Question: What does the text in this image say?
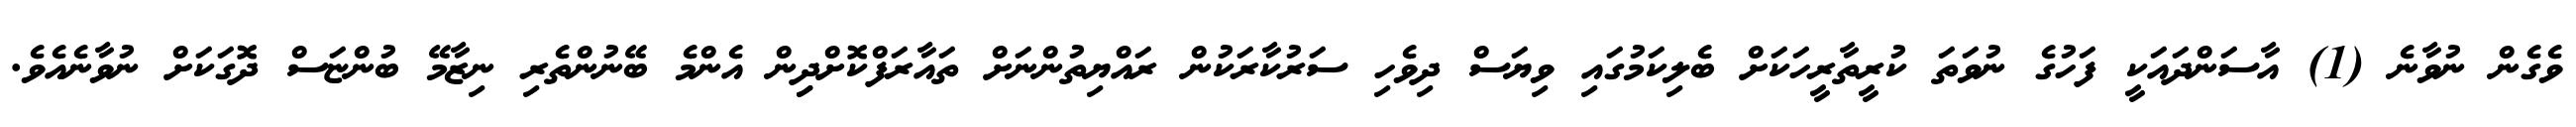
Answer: ވެގެން ނުވާނެ (1) އާސަންދައަކީ ފަހުގެ ނުވަތަ ކުރީތާރީހަކަށް ބެލިކަމުގައި ވިޔަސް ދިވެހި ސަރުކާރަކުން ރައްޔިތުންނަށް ތައާރަފްކޮށްދިިން އެންމެ ބޭނުންތެރި ނިޒާމޭ ބުންޏަސް ދޮގަކަށް ނުވާނެއެވެ.